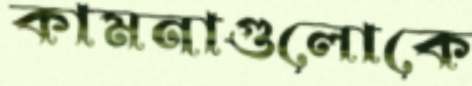
কামনাগুলোকে